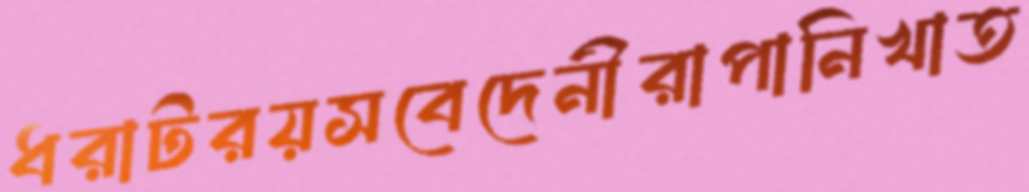
ধরাটরয়সবেদেনীরাপানিখাত